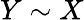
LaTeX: Y\sim X